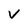
Character: V